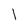
Character: l